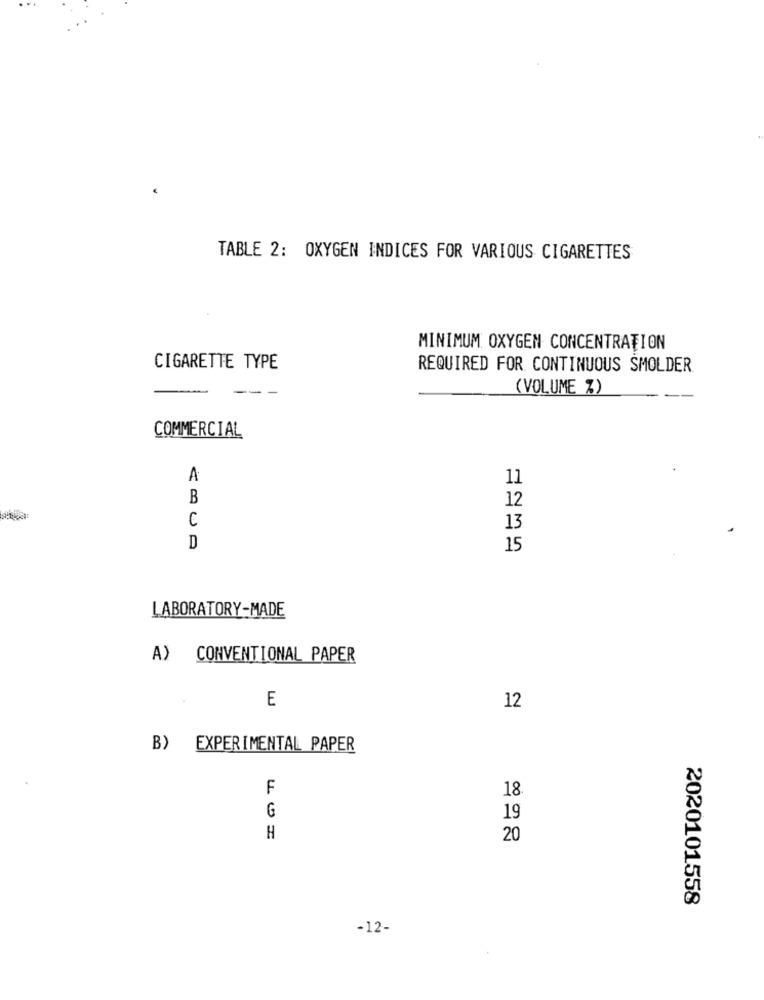
TABLE 2: OXYGEN INDICES FOR VARIOUS CIGARETTES
MINIMUM OXYGEN CONCENTRATION
CIGARETTE TYPE
REQUIRED FOR CONTINUOUS SMOLDER
( VOLUME %)
COMMERCIAL
A
11
B
12
€
13
D
15
LABORATORY-MADE
A) CONVENTIONAL PAPER
E
12
B) EXPERIMENTAL PAPER
F
18
G
19
H
20
2020101558
-12-